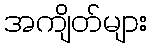
အကျိတ်များ